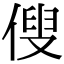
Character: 傁